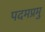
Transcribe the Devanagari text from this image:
पदमप्रमु